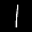
Label: 1